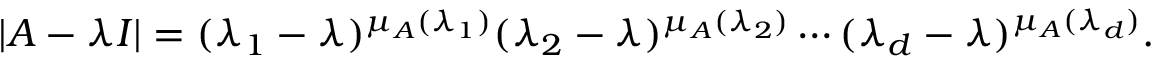
| A - \lambda I | = ( \lambda _ { 1 } - \lambda ) ^ { \mu _ { A } ( \lambda _ { 1 } ) } ( \lambda _ { 2 } - \lambda ) ^ { \mu _ { A } ( \lambda _ { 2 } ) } \cdots ( \lambda _ { d } - \lambda ) ^ { \mu _ { A } ( \lambda _ { d } ) } .